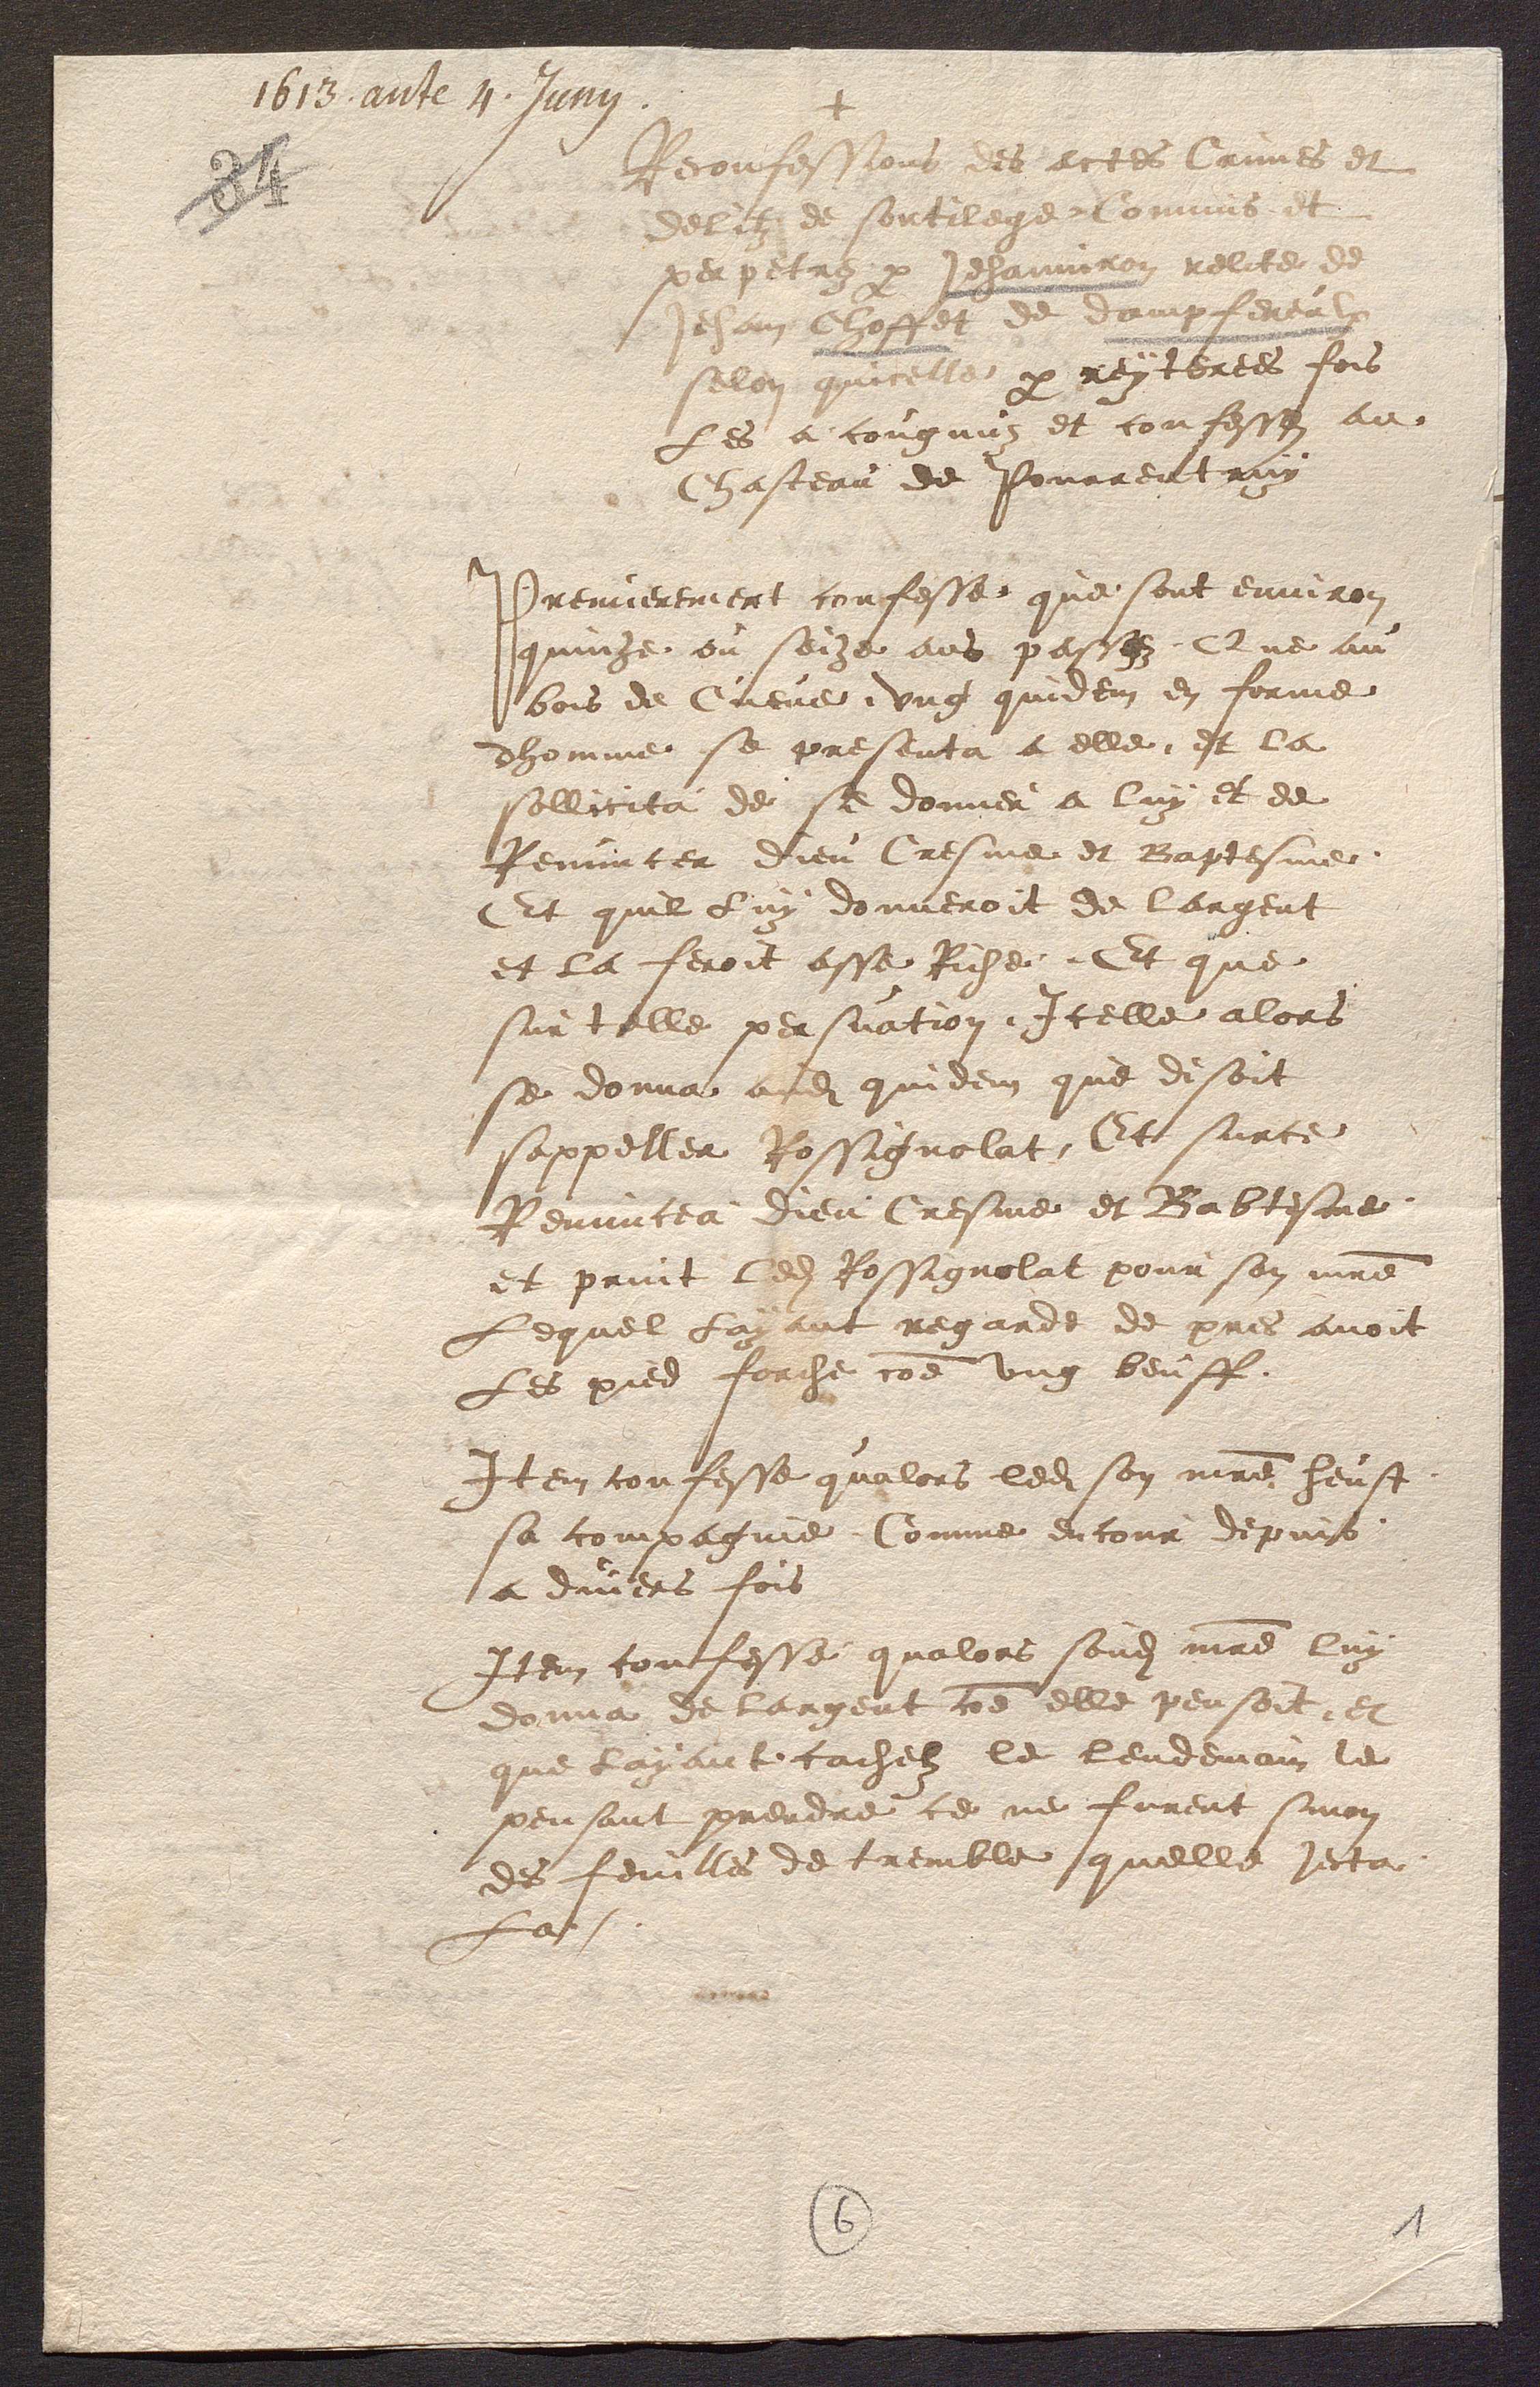
+
Reconfessions des actes Crimes et
delitz de sortilege Commis et
perpetrez  p Jehanniron relicte de
Jehan Choffet de dampfereulx
selon quicelle p reyterees fois
Les a cougnuz et confesses au
Chasteau de Pourrentruy
Premierement confesse que sont environ
quinze ou seize ans passez, Que au
bois de Cueve, ung quidem en forme
dhomme se presenta a elle, et la
sollicita de se donner a luy et de
Renuncer dieu Cresme et Baptesme
Et quil Luy donneroit de largent
et la feroit asse Riche, Et que
sur telle persuation, Icelle alors
se donna aud quidem que disoit
sappeller Rossignolat, Et surce
Renuncea dieu Cresme et Babtesme
et print led Rossignolat pour son mre
Lequel Layant regarde de pres avoit
Les pied forche coe ung beuff.
Item confesse qualors led son mre heust
sa compagnie Comme encour depuis
a divers fois
Item confesse qualors sond mre luy
donna de largent coe elle pensoit, et
que Layant cachelz le lendemain le
pensant prendre ce ne furent sinon
des feuilles de tremble quelle jecta
La/.